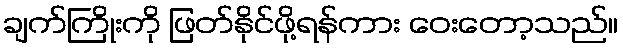
ချက်ကြိုးကို ဖြတ်နိုင်ဖို့ရန်ကား ဝေးတော့သည်။